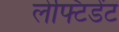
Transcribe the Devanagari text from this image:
लेफ्टिडेंट